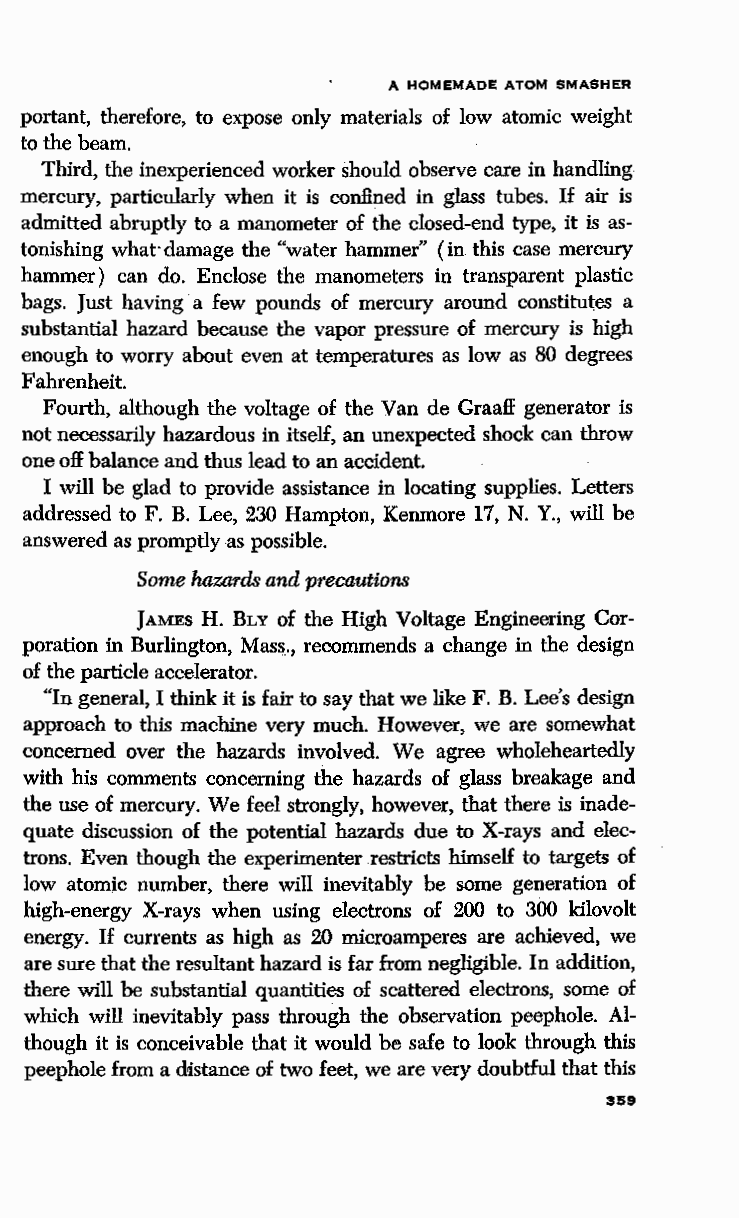
A HOMEMADE ATOM SMASHER
 portant, therefore, to expose only materials of low atomic weight
 to the beam.
 Third, the inexperienced worker should observe care in handling
 mercury, particularly when it is confined in glass tubes. If air is
 admitted abruptly to a manometer of the closed-end type, it is as
 tonishing what· damage the "water hammer" (in this case mercury
 hammer) can do. Enclose the manometers in transparent plastic
 bags. Just having a few pounds of mercury around constitutes a
 substantial hazard because the vapor pressure of mercury is high
 enough to worry about even at temperatures as low as 80 degrees
 Fahrenheit.
 Fourth, although the voltage of the Van de Graaff generator is
 not necessarily hazardous in itseH, an unexpected shock can throw
 one off balance and thus lead to an accident.
 I will be glad to provide assistance in locating supplies. Letters
 addressed to F. B. Lee, 230 Hampton, Kenmore 17, N. Y., will be
 answered as promptly as possible.
 Some hazards and precautions
 JAMES H. BLY of the High Voltage Engineering Cor
 poration in Burlington, Mass., recommends a change in the design
 of the particle accelerator.
 "In general, I think it is fair to say that we like F. B. Lee's design
 approach to this machine very much. However, we are somewhat
 concerned over the hazards involved. We agree wholeheartedly
 with his comments concerning the hazards of glass breakage and
 the use of mercury. We feel strongly, however, that there is inade
 quate discussion of the potential hazards due to X-rays and elec
 trons. Even though the experimenter restricts himseH to targets of
 low atomic number, there will inevitably be some generation of
 high-energy X-rays when using electrons of 200 to 300 kilovolt
 energy. If currents as high as 20 microamperes are achieved, we
 are sure that the resultant hazard is far from negligible. In addition,
 there will be substantial quantities of scattered electrons, some of
 which will inevitably pass through the observation peephole. Al
 though it is conceivable that it would be safe to look through this
 peephole from a distance of two feet, we are very doubtful that this
 359